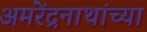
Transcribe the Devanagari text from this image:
अमरेंद्रनाथांच्या